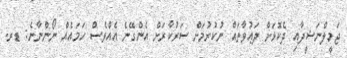
ޖަމީލްނަޝީދާއި ދެކޮޅަށް ދަޢުވާތައް ނުކުރުމަށް ސަރުކާރަށް އެންގޭނެ އެއްވެސް ހަމައެއް ނޯންނާނެ: ޑރ.